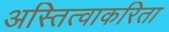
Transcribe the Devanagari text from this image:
अस्तित्वाकरिता